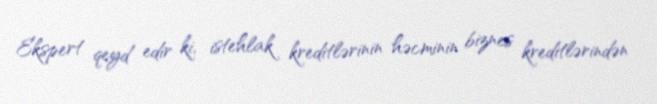
Ekspert qeyd edir ki, istehlak kreditlərinin həcminin biznes kreditlərindən